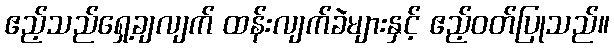
ဧည့်သည်ရှေ့ချလျက် ထန်းလျက်ခဲများနှင့် ဧည့်ဝတ်ပြုသည်။